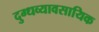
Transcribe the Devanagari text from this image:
दुग्धव्यावसायिक